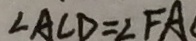
\angle A C D = \angle F A